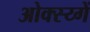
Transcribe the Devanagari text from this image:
ओक्स्य्गें